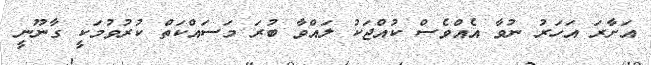
އަށާރަ އަހަރު ނުވާ އެއްވެސް ކުއްޖަކު ލައްވާ ބުރަ މަސައްކަތް ކުރުވުމަކީ ގާނޫނީ